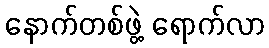
နောက်တစ်ဖွဲ့ ရောက်လာ